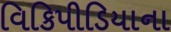
વિકિપીડિયાના